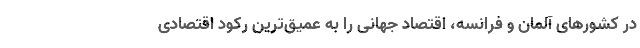
در کشورهای آلمان و فرانسه، اقتصاد جهانی را به عمیق‌ترین رکود اقتصادی